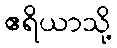
ဧရိယာသို့